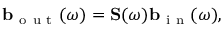
\mathbf b _ { \mathrm { ~ o ~ u ~ t ~ } } ( \omega ) = \mathbf S ( \omega ) \mathbf b _ { \mathrm { ~ i ~ n ~ } } ( \omega ) ,